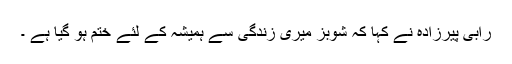
رابی پیرزادہ نے کہا کہ شوبز میری زندگی سے ہمیشہ کے لئے ختم ہو گیا ہے ۔